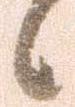
候